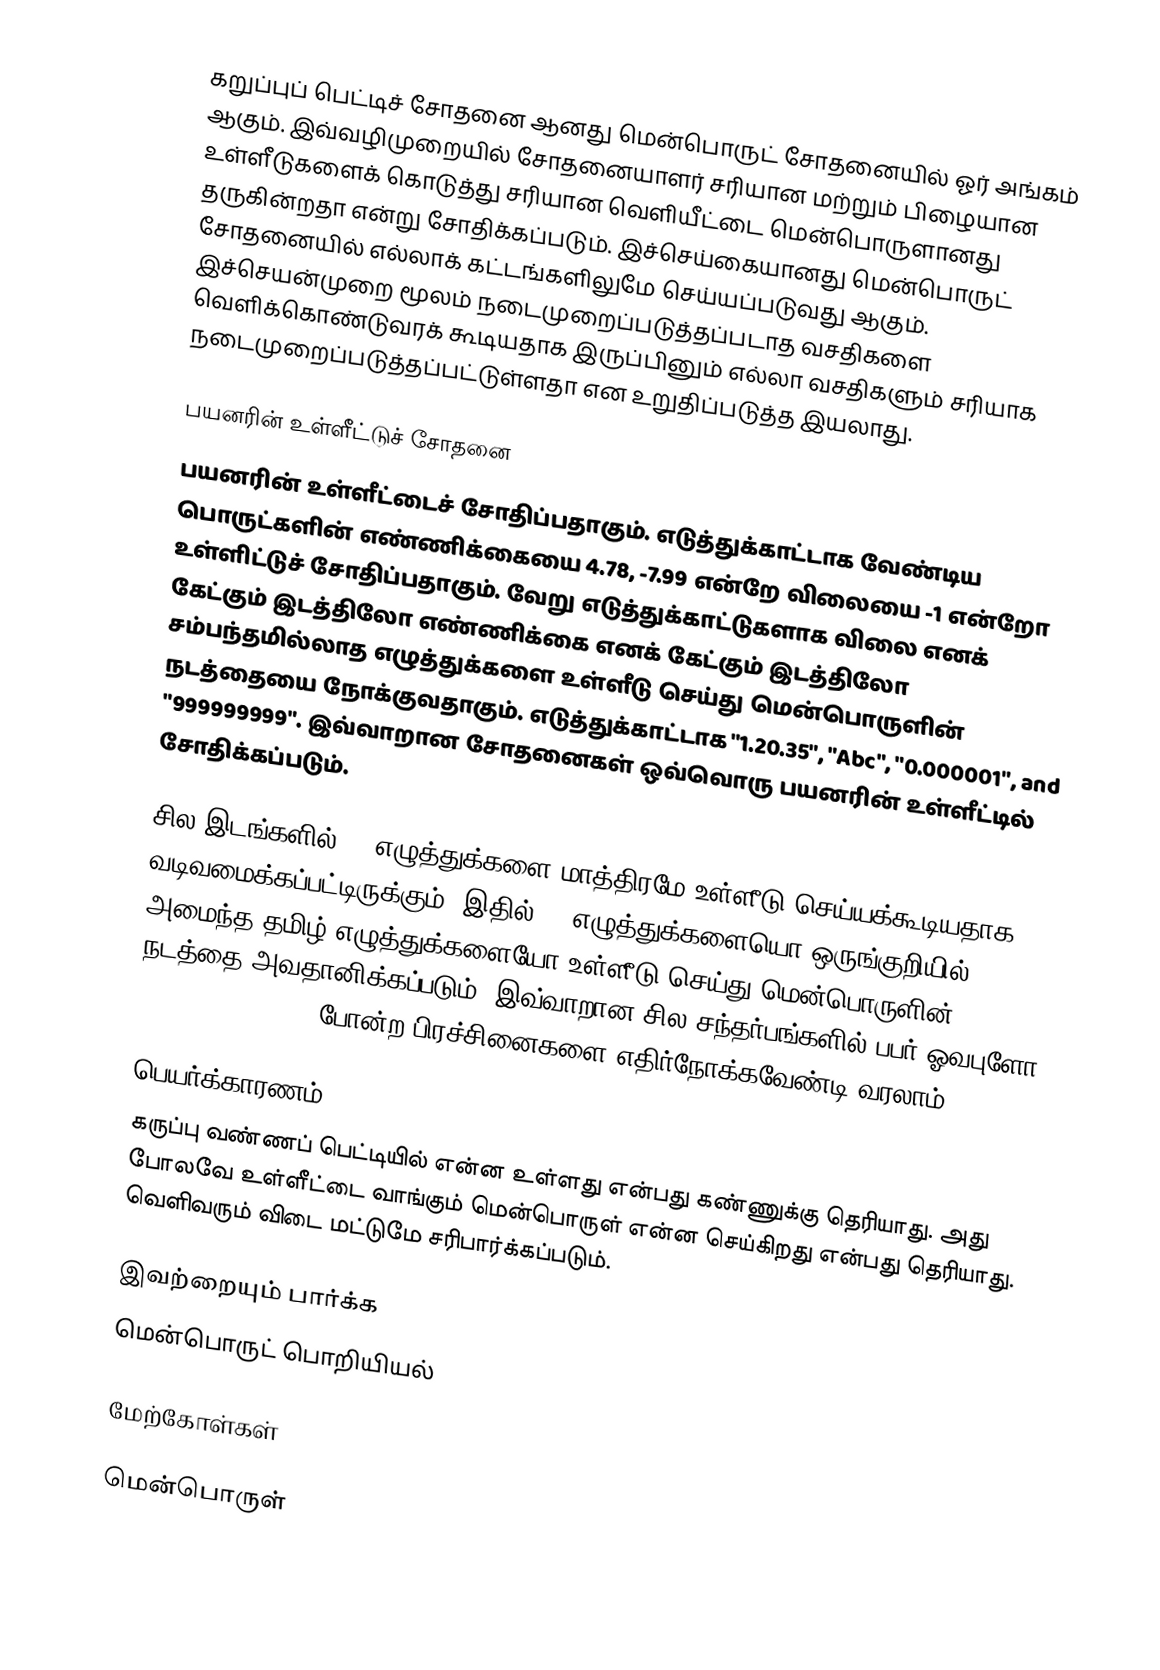
கறுப்புப் பெட்டிச் சோதனை ஆனது மென்பொருட் சோதனையில் ஓர் அங்கம் ஆகும். இவ்வழிமுறையில் சோதனையாளர் சரியான மற்றும் பிழையான உள்ளீடுகளைக் கொடுத்து சரியான வெளியீட்டை மென்பொருளானது தருகின்றதா என்று சோதிக்கப்படும். இச்செய்கையானது மென்பொருட் சோதனையில் எல்லாக் கட்டங்களிலுமே செய்யப்படுவது ஆகும். இச்செயன்முறை மூலம் நடைமுறைப்படுத்தப்படாத வசதிகளை வெளிக்கொண்டுவரக் கூடியதாக இருப்பினும் எல்லா வசதிகளும் சரியாக நடைமுறைப்படுத்தப்பட்டுள்ளதா என உறுதிப்படுத்த இயலாது.

பயனரின் உள்ளீட்டுச் சோதனை
பயனரின் உள்ளீட்டைச் சோதிப்பதாகும். எடுத்துக்காட்டாக வேண்டிய பொருட்களின் எண்ணிக்கையை 4.78, -7.99 என்றே விலையை -1 என்றோ உள்ளிட்டுச் சோதிப்பதாகும். வேறு எடுத்துக்காட்டுகளாக விலை எனக் கேட்கும் இடத்திலோ எண்ணிக்கை எனக் கேட்கும் இடத்திலோ சம்பந்தமில்லாத எழுத்துக்களை உள்ளீடு செய்து மென்பொருளின் நடத்தையை நோக்குவதாகும். எடுத்துக்காட்டாக "1.20.35", "Abc", "0.000001", and "999999999". இவ்வாறான சோதனைகள் ஒவ்வொரு பயனரின் உள்ளீட்டில் சோதிக்கப்படும்.

சில இடங்களில் 30 எழுத்துக்களை மாத்திரமே உள்ளீடு செய்யக்கூடியதாக வடிவமைக்கப்பட்டிருக்கும். இதில் 50 எழுத்துக்களையொ ஒருங்குறியில் அமைந்த தமிழ் எழுத்துக்களையோ உள்ளீடு செய்து மென்பொருளின் நடத்தை அவதானிக்கப்படும். இவ்வாறான சில சந்தர்பங்களில் பபர் ஓவபுளோ  (buffer overflow) போன்ற பிரச்சினைகளை எதிர்நோக்கவேண்டி வரலாம்.

பெயர்க்காரணம்
கருப்பு வண்ணப் பெட்டியில் என்ன உள்ளது என்பது கண்ணுக்கு தெரியாது. அது போலவே உள்ளீட்டை வாங்கும் மென்பொருள் என்ன செய்கிறது என்பது தெரியாது. வெளிவரும் விடை மட்டுமே சரிபார்க்கப்படும்.

இவற்றையும் பார்க்க
மென்பொருட் பொறியியல்

மேற்கோள்கள்

மென்பொருள்